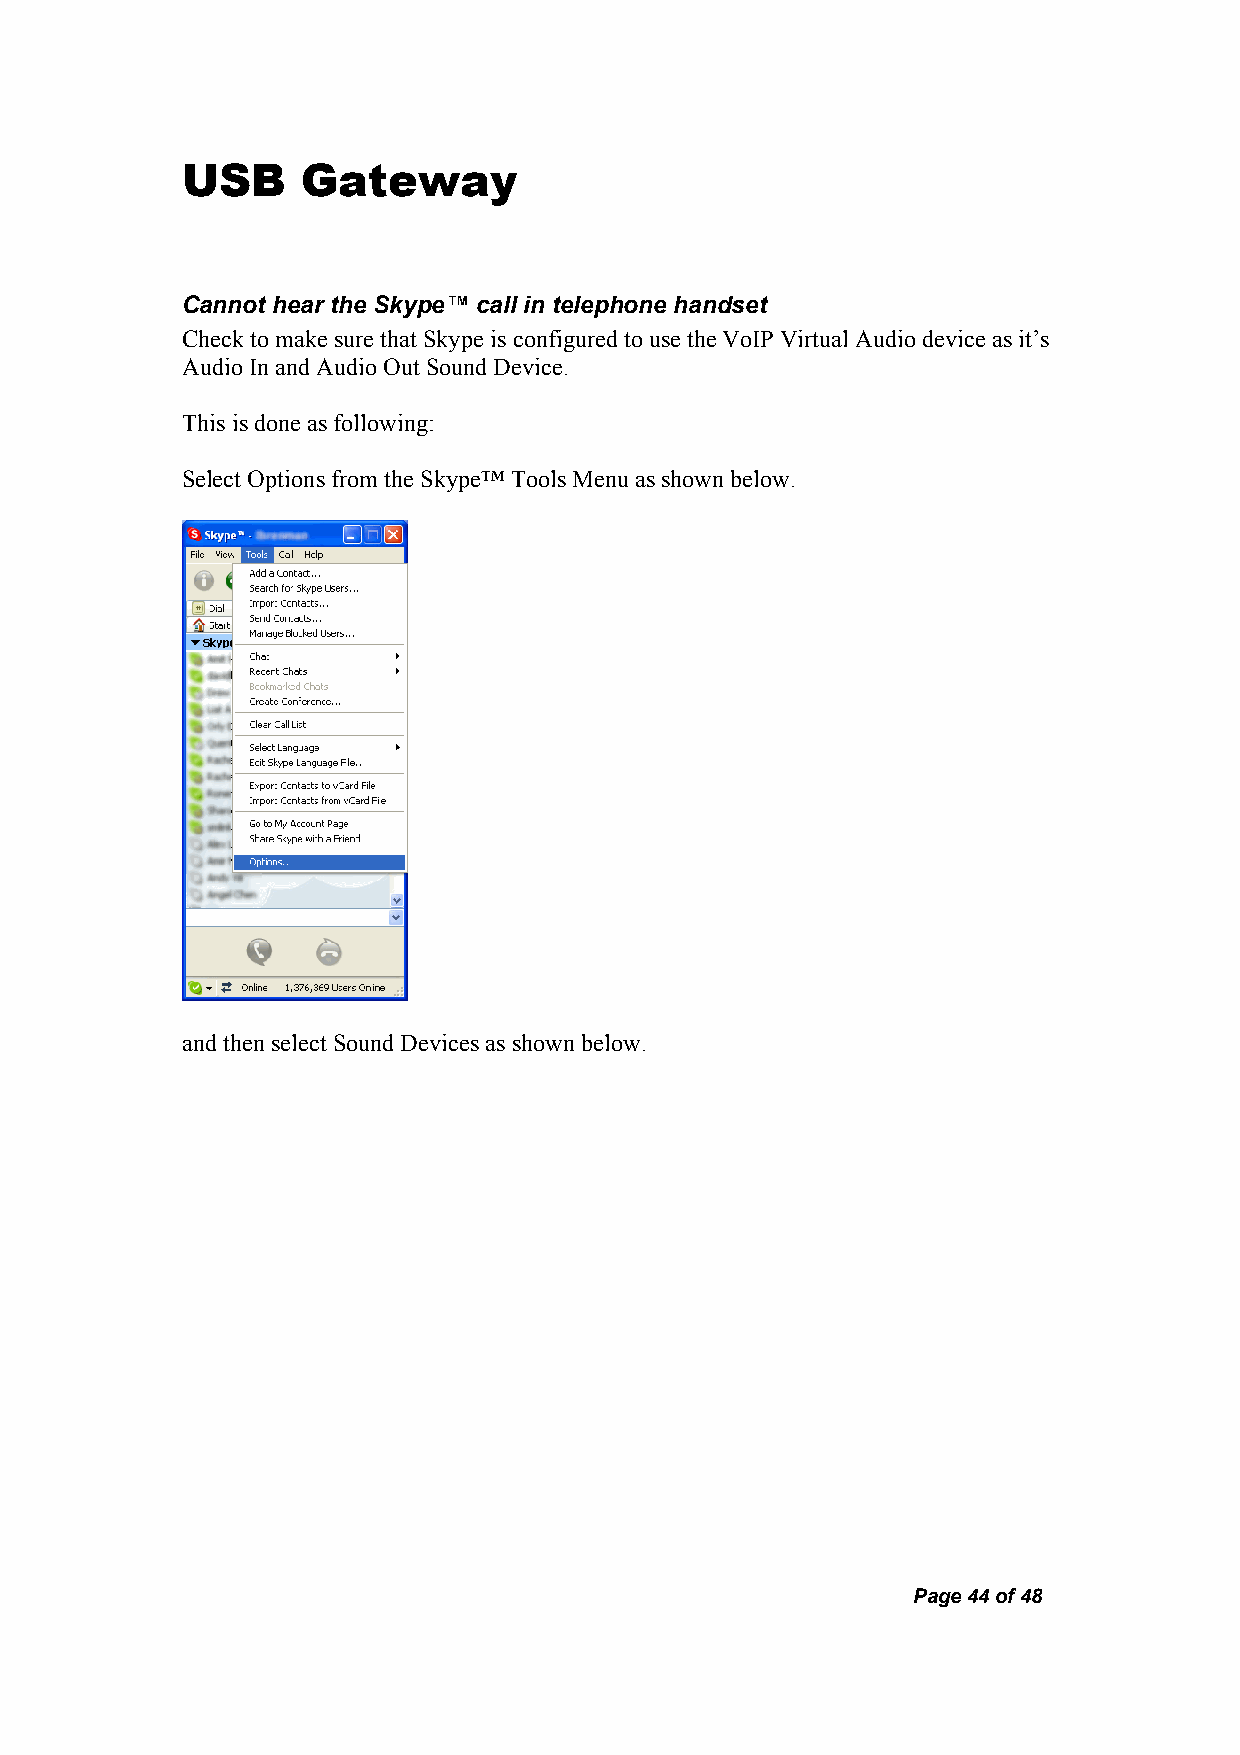
USB     Gateway
 Cannot hear the Skype™ call in telephone handset
 Check to make sure that Skype is configured to use the VoIP Virtual Audio device as it’s
 Audio In and Audio Out Sound Device.
 This is done as following:
 Select Options from the Skype™ Tools Menu as shown below.
 and then select Sound Devices as shown below.
 Page 44 of 48